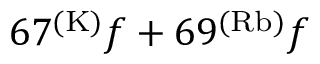
6 7 ^ { ( \mathrm { K ) } } f + 6 9 ^ { ( \mathrm { R b ) } } f